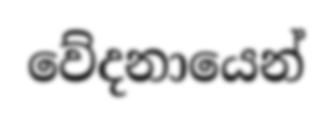
වේදනායෙන්